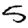
Digit: 5